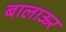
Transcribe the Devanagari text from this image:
बालाऊर